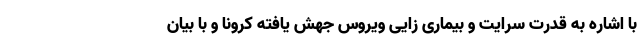
با اشاره به قدرت سرایت و بیماری زایی ویروس جهش یافته کرونا و با بیان